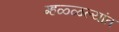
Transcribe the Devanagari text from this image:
म्हळ्ळल्यांत